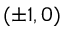
( \pm 1 , 0 )